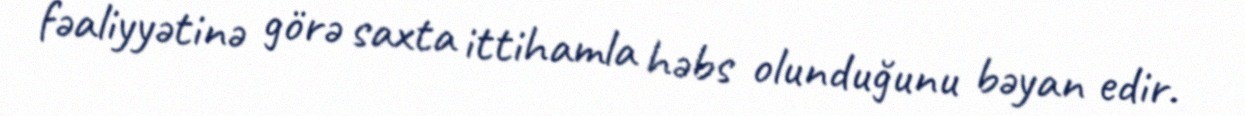
fəaliyyətinə görə saxta ittihamla həbs olunduğunu bəyan edir.